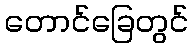
တောင်ခြေတွင်